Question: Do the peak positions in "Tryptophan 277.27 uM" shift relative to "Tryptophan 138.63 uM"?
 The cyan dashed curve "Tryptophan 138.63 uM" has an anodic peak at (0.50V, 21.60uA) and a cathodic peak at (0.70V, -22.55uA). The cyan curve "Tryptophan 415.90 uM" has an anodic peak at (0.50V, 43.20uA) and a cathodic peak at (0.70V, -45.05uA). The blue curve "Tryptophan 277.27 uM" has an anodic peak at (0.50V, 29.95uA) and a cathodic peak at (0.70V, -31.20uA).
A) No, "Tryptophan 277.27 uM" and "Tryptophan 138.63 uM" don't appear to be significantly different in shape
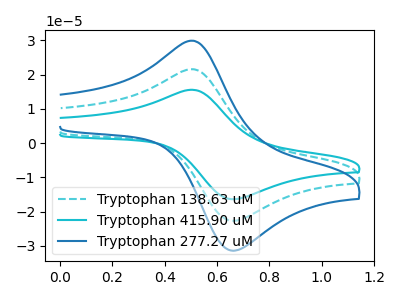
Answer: <think>All the peaks in "Tryptophan 277.27 uM" have a peak in "Tryptophan 138.63 uM" at the same potential. Every peak in "Tryptophan 277.27 uM" is higher than every peak in "Tryptophan 138.63 uM".
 </think>
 <answer>A) No, "Tryptophan 277.27 uM" and "Tryptophan 138.63 uM" don't appear to be significantly different in shape</answer>
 <eval>A</eval>